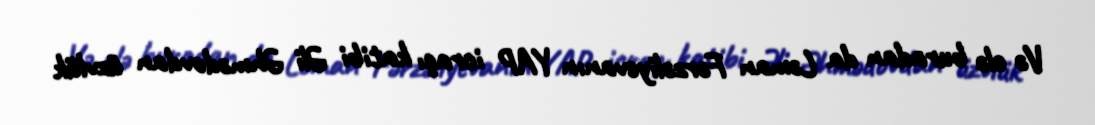
Və elə buradan da Ləman Fərzəliyevanın YAP icraçı katibi Əli Əhmədovdan üzvlük